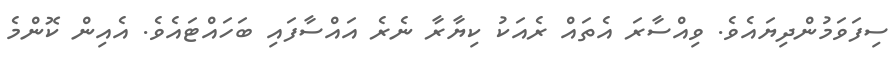
ސިފަވަމުންދިޔައެވެ. ވިއްސާރަ އެތައް ރެއަކު ކިޔާރާ ނެރެ އައްސާފައި ބަހައްޓައެވެ. އެއިން ކޮންމެ